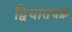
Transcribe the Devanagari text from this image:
द्विघातचक्र